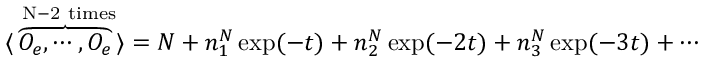
\langle \overbrace { { \cal O } _ { e } , \cdots , { \cal O } _ { e } } ^ { \mathrm { ~ N - 2 ~ t i m e s } } \rangle = N + n _ { 1 } ^ { N } \exp ( - t ) + n _ { 2 } ^ { N } \exp ( - 2 t ) + n _ { 3 } ^ { N } \exp ( - 3 t ) + \cdots